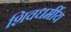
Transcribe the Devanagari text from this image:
शिवधर्मीय